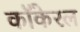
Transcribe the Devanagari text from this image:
कॉकेरल